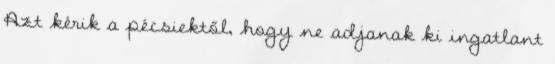
Azt kérik a pécsiektől, hogy ne adjanak ki ingatlant